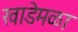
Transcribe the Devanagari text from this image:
खाडेमळा